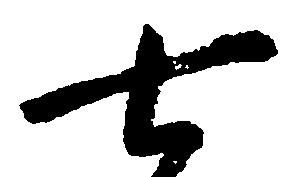
七